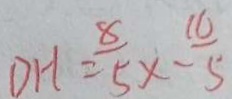
D H = \frac { 8 } { 5 } x - \frac { 1 6 } { 5 }